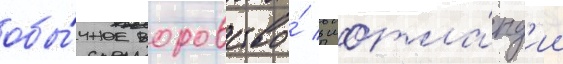
обы́чное воровство́ в шотла́нд'ии